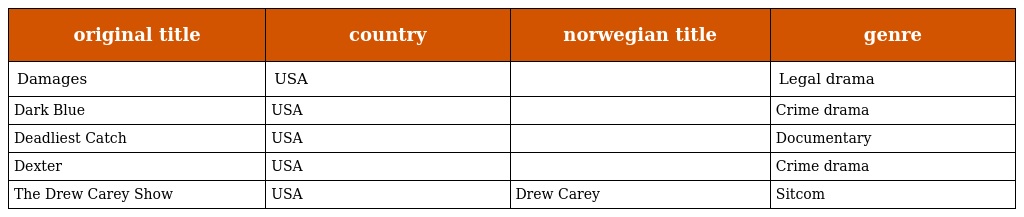
| original title | country | norwegian title | genre |
 | --- | --- | --- | --- |
 | Damages | USA |  | Legal drama |
 | Dark Blue | USA |  | Crime drama |
 | Deadliest Catch | USA |  | Documentary |
 | Dexter | USA |  | Crime drama |
 | The Drew Carey Show | USA | Drew Carey | Sitcom |